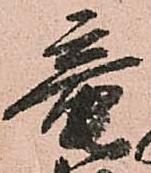
竜